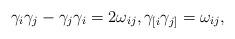
LaTeX: \begin{align*}\gamma_i\gamma_j-\gamma_j\gamma_i=2\omega_{ij},\gamma_{[i}\gamma_{j]}=\omega_{ij},\end{align*}